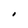
Character: I